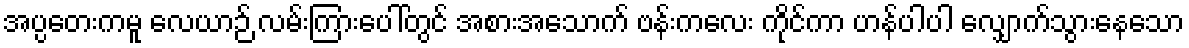
အပ္ပတေးကမူ လေယာဉ် လမ်းကြားပေါ်တွင် အစားအသောက် ဗန်းကလေး ကိုင်ကာ ဟန်ပါပါ လျှောက်သွားနေသော